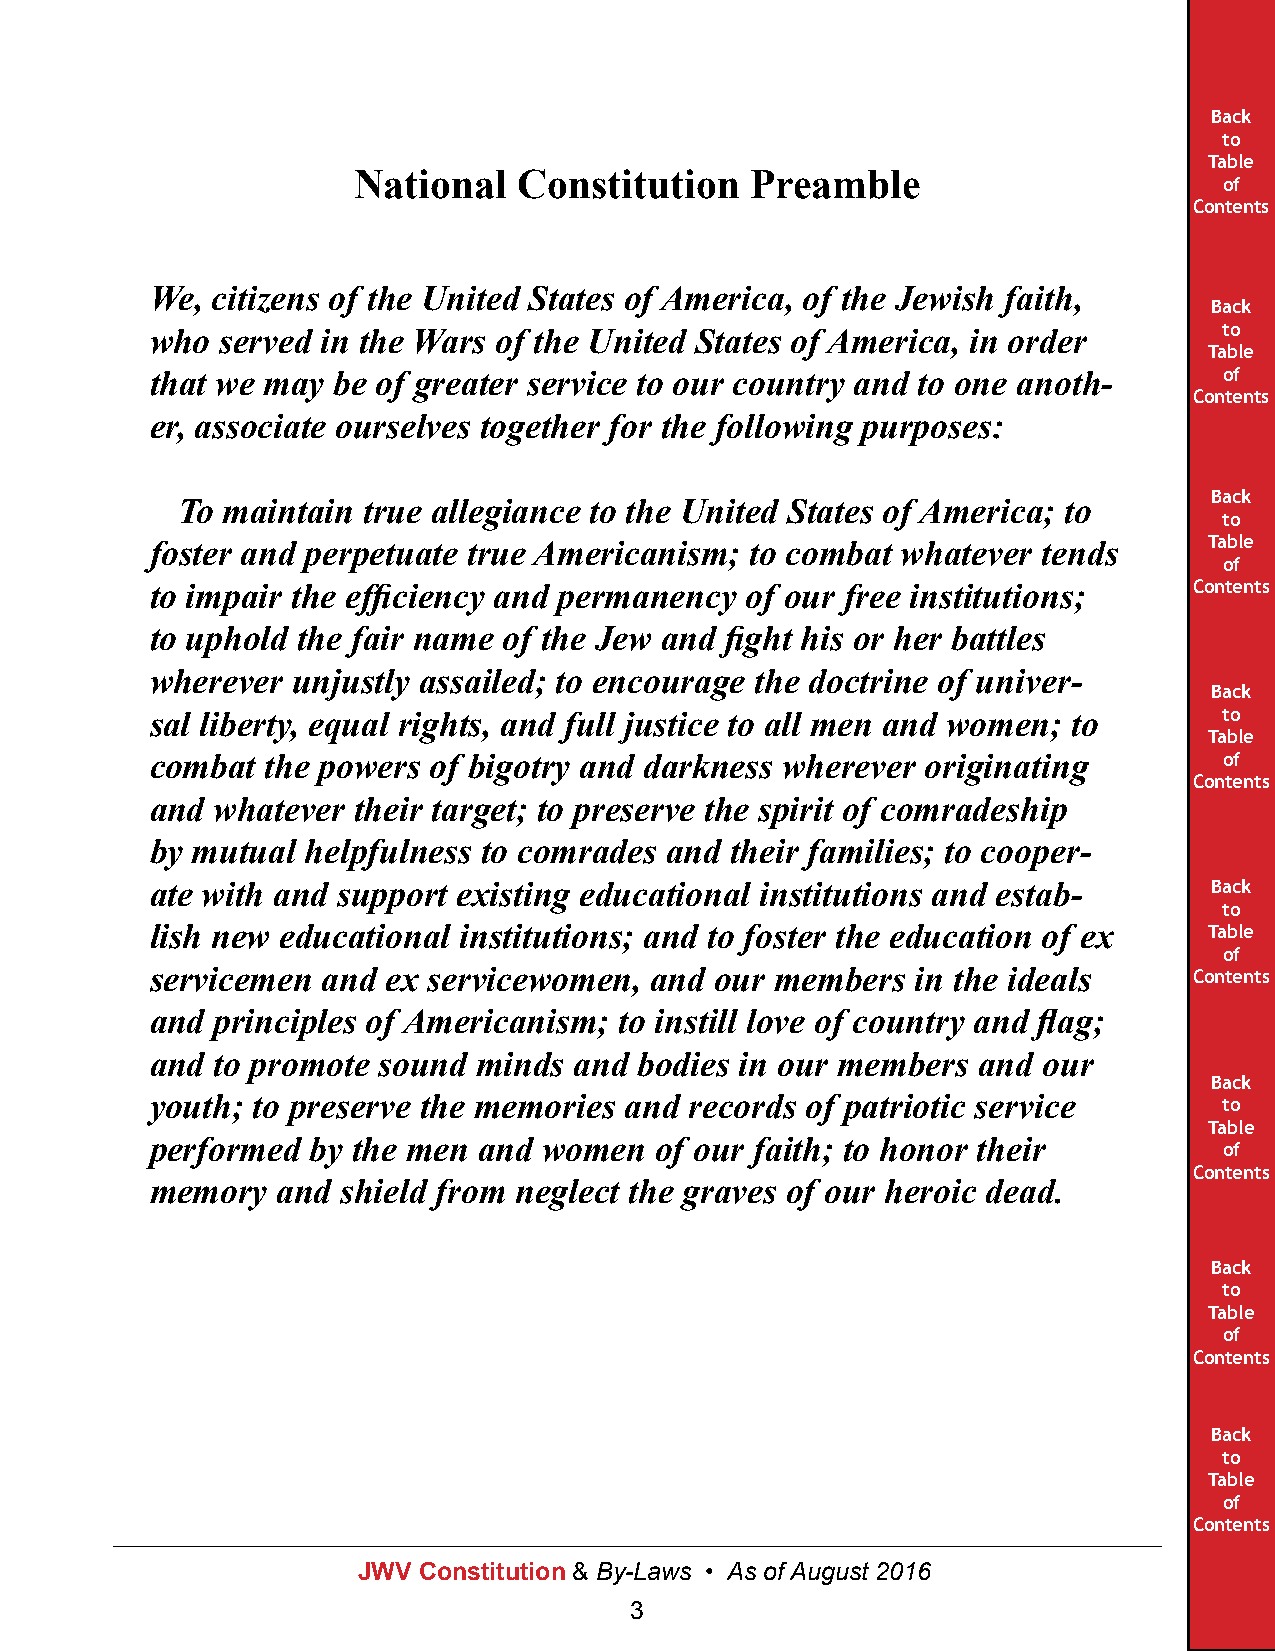
Back
 to
 Table
 National   Constitution    Preamble
 of
 Contents
 We, citizens of the United States of America, of the Jewish faith,
 Back
 to
 who  served in the Wars of the United States of America, in order
 Table
 that we may be of greater service to our country and to one anoth-     of
 Contents
 er, associate ourselves together for the following purposes:
 Back
 To maintain true allegiance to the United States of America; to
 to
 Table
 foster and perpetuate true Americanism; to combat whatever tends
 of
 to impair the efficiency and permanency of our free institutions;    Contents
 to uphold the fair name of the Jew and fight his or her battles
 wherever unjustly assailed; to encourage the doctrine of univer-
 Back
 sal liberty, equal rights, and full justice to all men and women; to   to
 Table
 combat  the powers of bigotry and darkness wherever originating        of
 Contents
 and whatever their target; to preserve the spirit of comradeship
 by mutual helpfulness to comrades and their families; to cooper-
 ate with and support existing educational institutions and estab-     Back
 to
 lish new educational institutions; and to foster the education of ex  Table
 of
 servicemen and  ex servicewomen, and our members   in the ideals     Contents
 and principles of Americanism; to instill love of country and flag;
 and to promote sound  minds and bodies in our members  and our
 Back
 youth; to preserve the memories and records of patriotic service       to
 Table
 performed  by the men and women  of our faith; to honor their          of
 Contents
 memory  and  shield from neglect the graves of our heroic dead.
 Back
 to
 Table
 of
 Contents
 Back
 to
 Table
 of
 Contents
 JWV Constitution & By-Laws • As of August 2016
 3